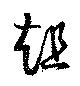
趄